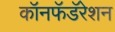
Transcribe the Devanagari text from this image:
कॉनफॅडॅरेशन